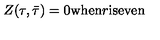
Z ( \tau , \bar { \tau } ) = 0 \mathrm { w h e n } r \mathrm { i s e v e n }